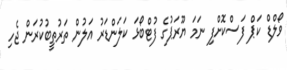
ވޯލްޑް ކަޕް ފަސްކޮށްފި ނަމަ ޔޫރަޕުގެ ފުޓްބޯޅަ ކަލަންޑަރު އަލުން ތަރުތީބުކުރަން ޖެހި